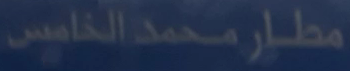
مطار_محمد_الخاضس